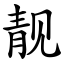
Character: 靓